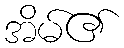
အိမ်၏